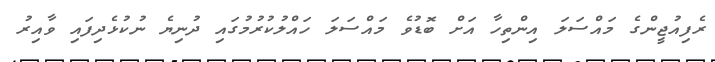
ރެފިއުޖީންގެ މައްސަލަ އިންތިހާ އަށް ބޮޑުވެ މައްސަލަ ހައްލުކުރުމުގައި ދުނިޔެ ނުކުޅެދިފައި ވާއިރު